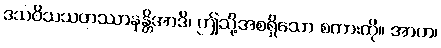
ဒသဝိသသဟဿာနန္တိအာဒိ၊ ဤသို့အစရှိသော စကားကို။ အာဟ၊